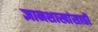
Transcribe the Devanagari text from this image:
ज्ञानशाखांसाठी